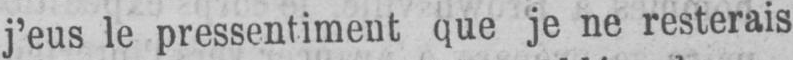
j’eus le pressentiment que je ne resterais